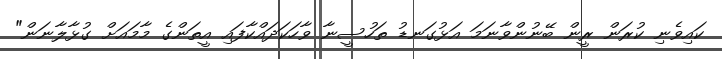
ކައިވެނި ކުރަން ރީން ބޭނުންވާނަމަ އަޅުގަނޑު ތަހުސީނާ ވާހަކަދައްކާފައި އީތަންގެ މާމައަށް ގުޅާލާނަން"